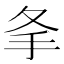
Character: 𢩸